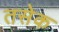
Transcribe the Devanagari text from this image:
तसेक